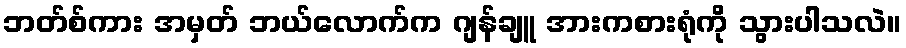
ဘတ်စ်ကား အမှတ် ဘယ်လောက်က ဂျန်ချူ အားကစားရုံကို သွားပါသလဲ။